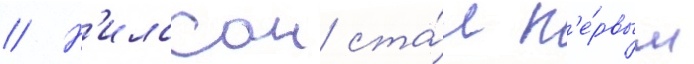
// Н'илссон ста́л п'е́рвым